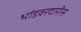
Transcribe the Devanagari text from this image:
भांडवरदारीस